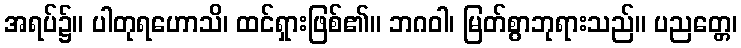
အရပ်၌။ ပါတုရဟောသိ၊ ထင်ရှားဖြစ်၏။ ဘဂဝါ၊ မြတ်စွာဘုရားသည်။ ပညတ္တေ၊